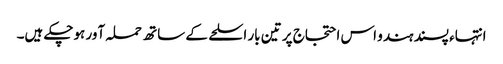
انتہاء پسند ہندو اس احتجاج پر تین بار اسلحے کے ساتھ حملہ آور ہوچکے ہیں۔